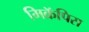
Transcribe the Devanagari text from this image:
मिक्रॅपिस